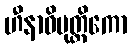
ဟီနာဓိမုတ္တိကော